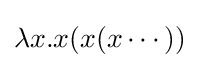
\lambda x.x(x(x\cdots ))